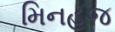
મિનહજ